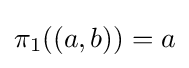
\pi _{1}((a,b))=a